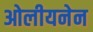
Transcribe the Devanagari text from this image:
ओलीयनेन